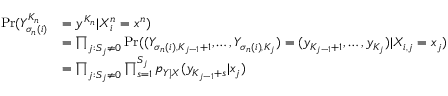
\begin{array} { r l } { \operatorname* { P r } ( Y _ { \sigma _ { n } ( i ) } ^ { K _ { n } } } & { = y ^ { K _ { n } } | X _ { i } ^ { n } = x ^ { n } ) } \\ & { = \prod _ { j : S _ { j } \neq 0 } \operatorname* { P r } ( ( Y _ { \sigma _ { n } ( i ) , K _ { j - 1 } + 1 } , \dots , Y _ { \sigma _ { n } ( i ) , K _ { j } } ) = ( y _ { K _ { j - 1 } + 1 } , \dots , y _ { K _ { j } } ) | X _ { i , j } = x _ { j } ) } \\ & { = \prod _ { j : S _ { j } \neq 0 } \prod _ { s = 1 } ^ { S _ { j } } p _ { Y | X } ( y _ { K _ { j - 1 } + s } | x _ { j } ) } \end{array}